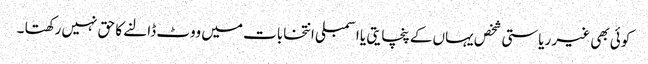
کوئی بھی غیر ریاستی شخص یہاں کے پنچایتی یا اسمبلی انتخابات میں ووٹ ڈالنے کا حق نہیں رکھتا ۔